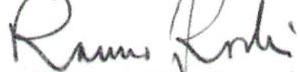
Rauno Koski